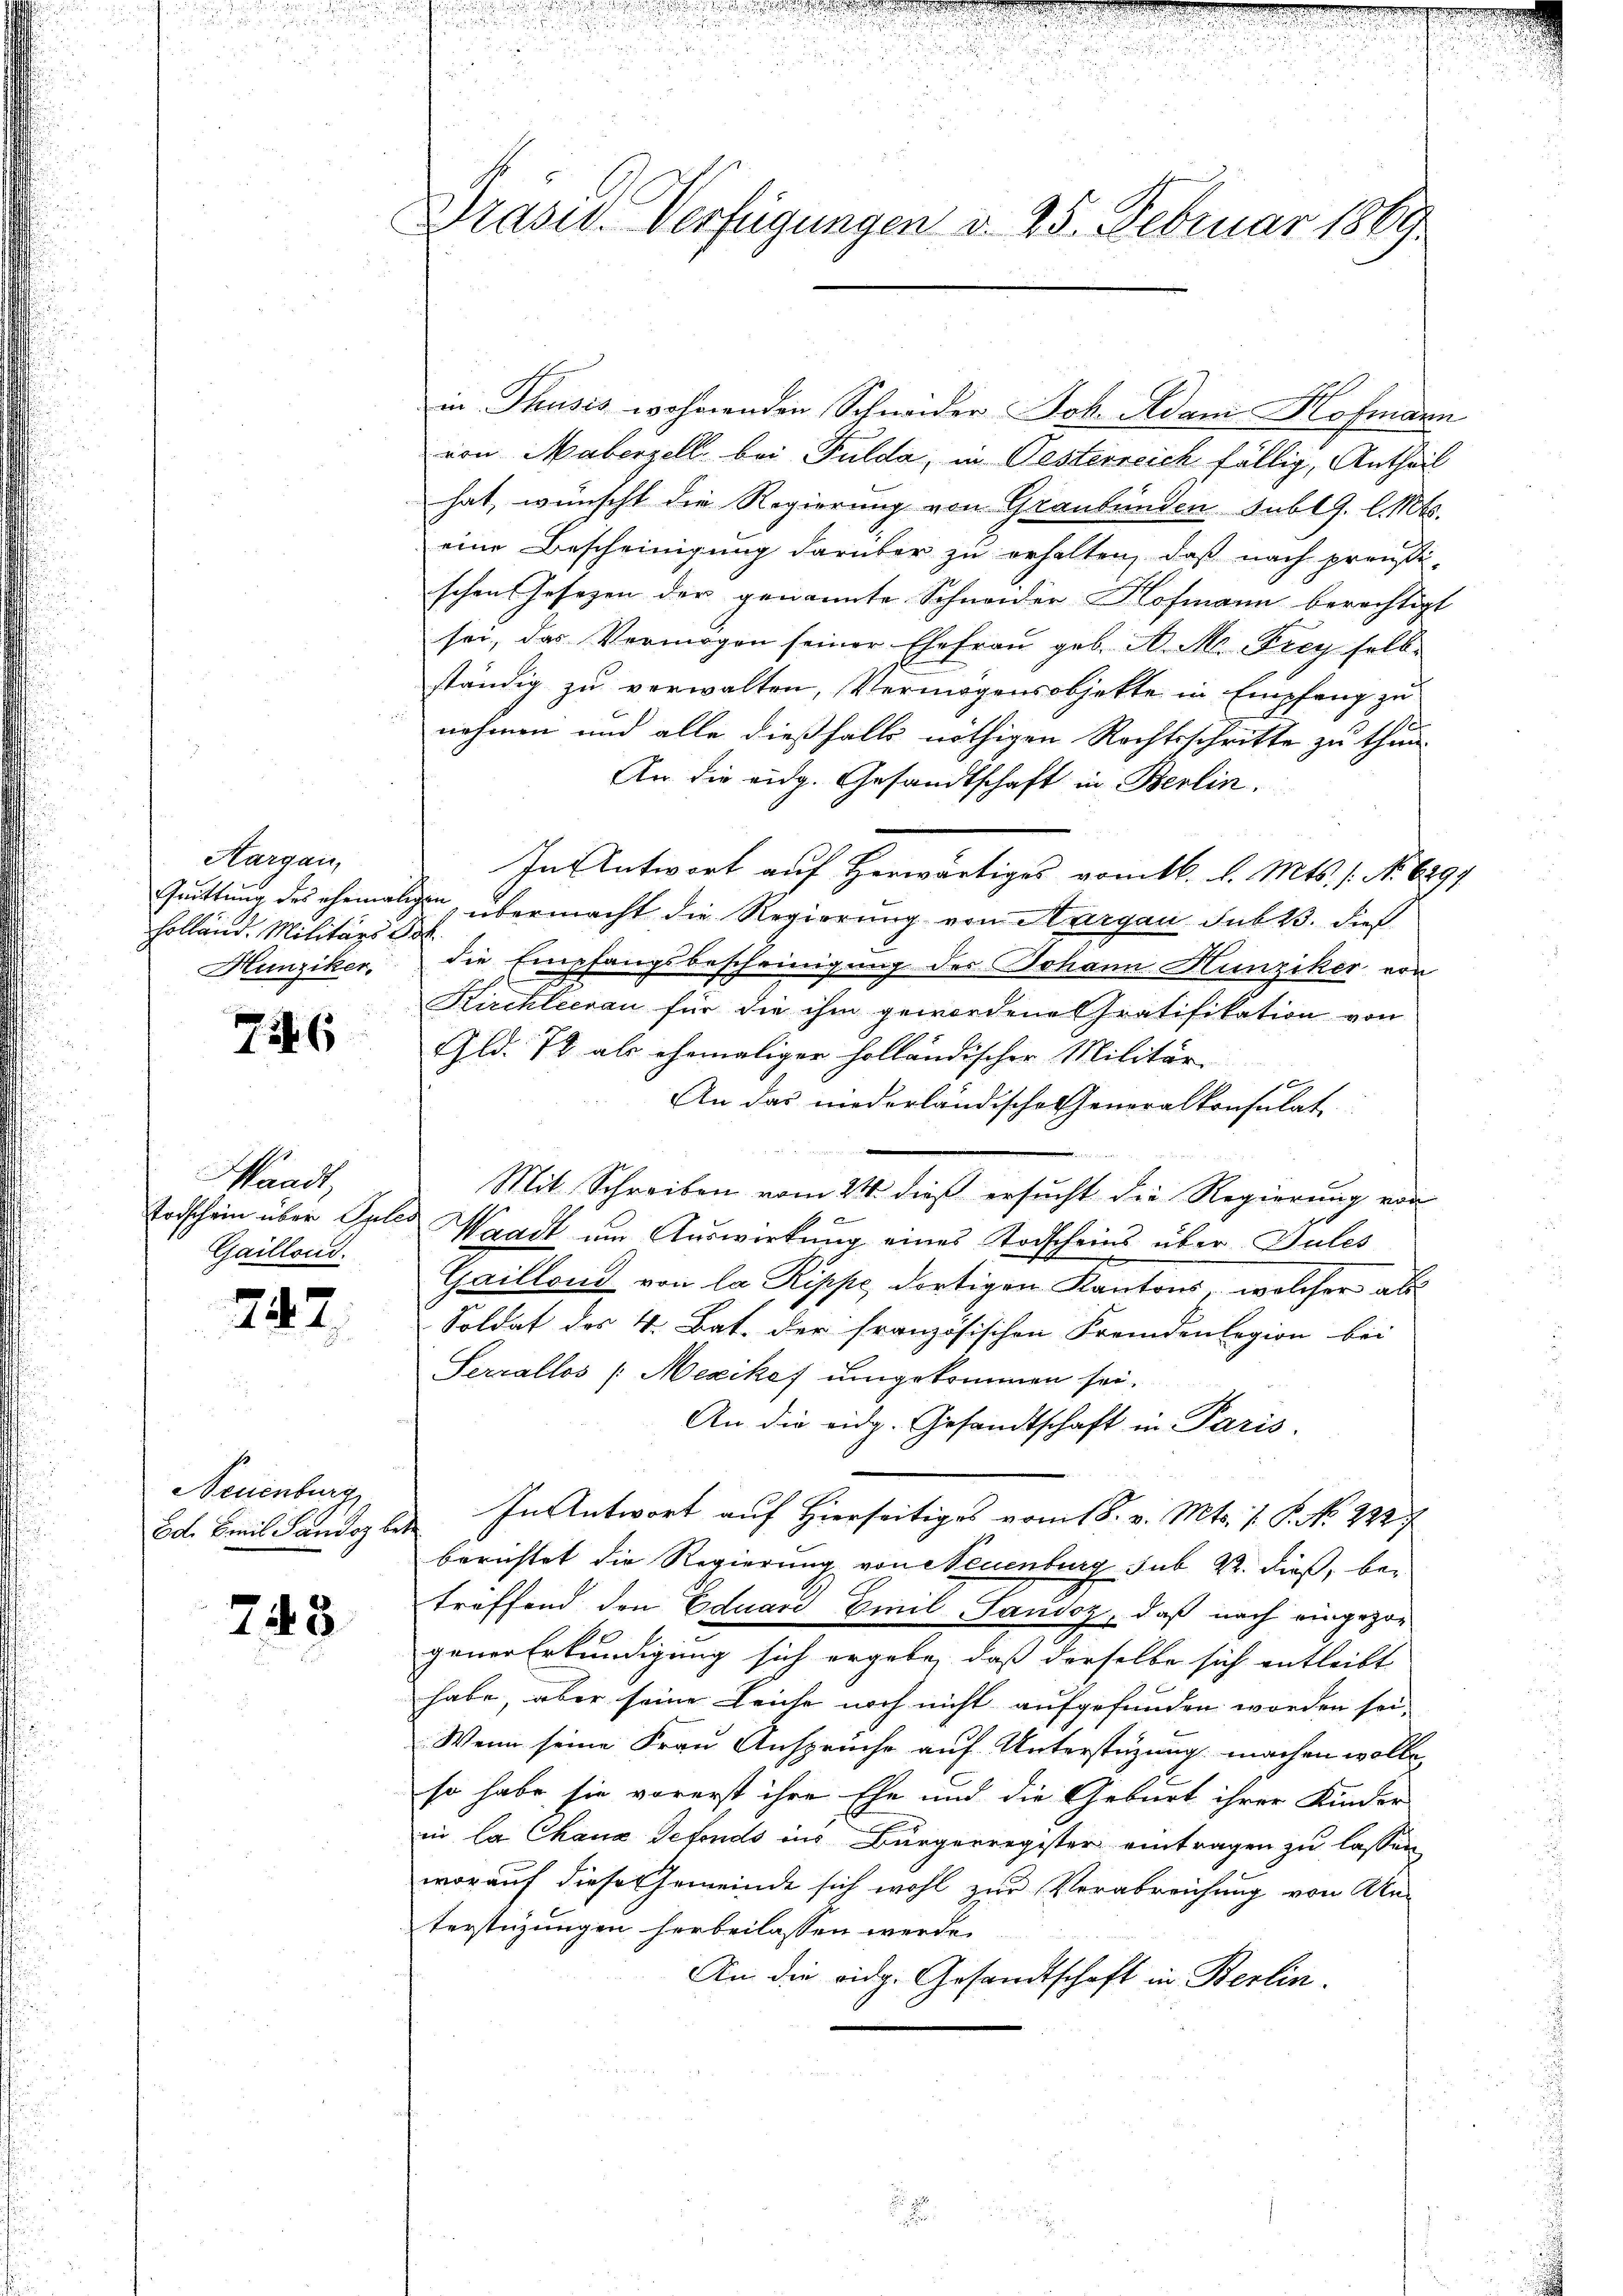
Aargau
Holländ. Militärs de
Hunziker.

756

Waadt,
Todschein über Pulec
Gaillond.

242

Neuenburg
Ed. Emil Sandoz bes

748.

Präsid. Verfügungen d. 25. Februar 1869

in Thusis wohnenden Schweder Joh. Adam Hofmann
von Maberzell bei Fulda, in Oesterreich fällig, Antheil
hat, wünscht die Regierung von Graubünden SublJ. l. Mts.
eine Bescheinigung darüber zu erhalten, daß nach preußischen Gesezen der genannte Schneider Hofmann berechtigt
sei, das Vermögen seiner Ehefrau geb. A. M. Frey selbe
ständig zu verwalten, Vermögensobjette in Empfang zu
nehmen und alle dießfalls nöthigen Rechtsschritte zu thun
An die eidg. Gesandtschaft in Berlin.
In Antwort auf Herwärtiges vom 16. d. Mts. 1. No. 6294
Quittung des ehemaligen, übermacht die Regierung von Aargau sub 23. dies
s
die Empfangsbescheinigung des Johann Hunziker von
Kirchleerau für die ihm gewordene Gratifikation von
Gld. 78 als ehemaliger holländischer Militär-
An das niederländische Generalkonsulat
Mit Schreiben vom 24. dieß ersucht die Regierung von
b
Waadt um Auswirkung eines Todscheins über Sules
Gaillond von la Rippe, dortigen Kantons, welcher als
Soldat des 4. Bat. der französischen Fremdenlegion bei
Serzallos /: Mexikof umgekommen sei.
An die eidg. Gesandtschaft in Paris.
E
In Antwort auf Hierseitiges vom 18. v. Mts. v. P. No 222
berichtet die Regierung von Neuenburg sub. Kr. dieß, be-
treffend den Eduard Emil Landoz, daß nach eingezog
gener Erkundigung sich ergebe, daß derselbe sich entleibt
habe, aber seine Leiche noch nicht aufgefunden worden sei.
Wenn seine Frau Ansprüche auf Unterstüzung machen wolle
so habe sie vorerst ihre Ehe und die Geburt ihrer Kinder
in la Chaux defonds ins Bürgerregister eintragen zu lassen
worauf diese Gemeinde sich wohl zur Verabreichung von Unterstüzungen herbeilassen werde.
An die eidg. Gesandtschaft in Berlin.